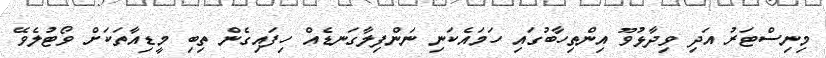
މިނިސްޓަރު އަދި ވިދާޅުވޫ އިންތިހާބުގައި ހަމައެކަނި ނަންފިލާގަނޑެއް ހިފައިގެން ތިބި މީޑިއާތަކަށް ވޯޓުލެވޭ